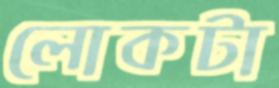
লোকটা